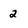
Character: 2